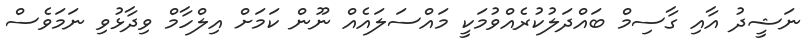
ނަޝީދު އާއި ގާސިމް ބައްދަލުކުރެއްވުމަކީ މައްސަލައެއް ނޫން ކަމަށް އިލްހާމް ވިދާޅުވި ނަމަވެސް